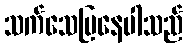
သက်သေပြနေပါသည်